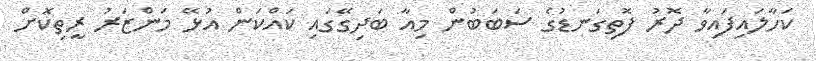
ކަހާލައިފައިވާ ދޮރު ފޮތިގަނޑުގެ ސަބަބުން މިއާ ބަދިގޭގައި ކައްކަން އުޅޭ މަންޒަރު ރީތިކޮށް